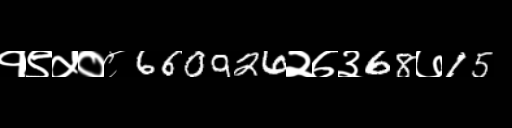
Text: १९५०८660926२७३68७15